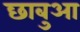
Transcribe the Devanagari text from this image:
छाबुआ